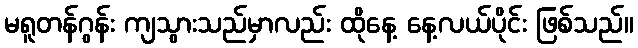
မရူတန်ဂွန်း ကျသွားသည်မှာလည်း ထိုနေ့ နေ့လယ်ပိုင်း ဖြစ်သည်။